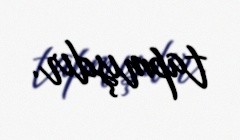
tapmışdır.